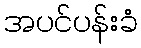
အပင်ပန်းခံ